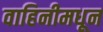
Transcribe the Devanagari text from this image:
वाहिनीमधून